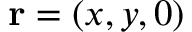
\mathbf { r } = ( x , y , 0 )